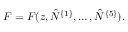
F = F ( z , \hat { N } ^ { \{ 1 \} } , \ldots , \hat { N } ^ { \{ 5 \} } ) .